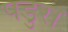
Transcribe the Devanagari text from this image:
पडुरा